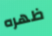
ظهره